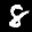
Label: 8